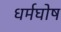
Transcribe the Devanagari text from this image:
धर्मघोष